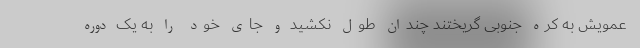
عمویش به کره جنوبی گریختند چندان طول نکشید و جای خود را به یک دوره